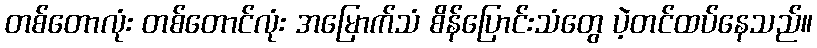
တစ်တောလုံး တစ်တောင်လုံး အမြောက်သံ စိန်ပြောင်းသံတွေ ပဲ့တင်ထပ်နေသည်။